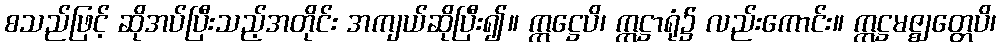
စသည်ဖြင့် ဆိုအပ်ပြီးသည့်အတိုင်း အကျယ်ဆိုပြီး၍။ ဣဋ္ဌေပိ၊ ဣဋ္ဌာရုံ၌ လည်းကောင်း။ ဣဋ္ဌမဇ္ဈတ္တေပိ၊